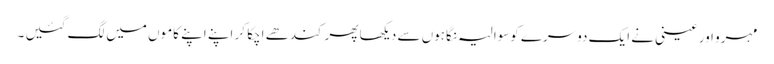
مہرو اور عینی نے ایک دوسرے کوسوالیہ نگاہوں سے دیکھا پھر کندھے اچکا کر اپنے اپنے کاموں میں لگ گئیں ۔